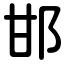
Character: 邯